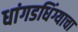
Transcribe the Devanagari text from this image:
धांगडधिंग्याचा